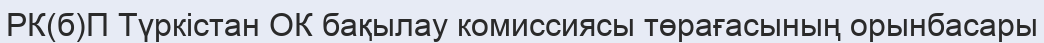
РК(б)П Түркістан ОК бақылау комиссиясы төрағасының орынбасары